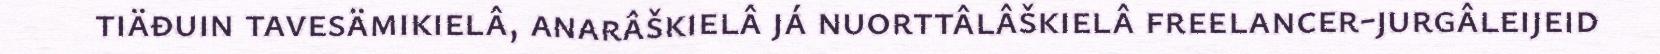
tiäđuin tavesämikielâ, anarâškielâ já nuorttâlâškielâ freelancer-jurgâleijeid